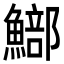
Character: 𩻗